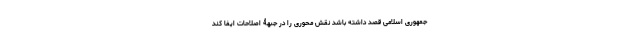
جمهوری اسلامی قصد داشته باشد نقش محوری را در جبهۀ اصلاحات ایفا کند